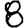
Digit: 8